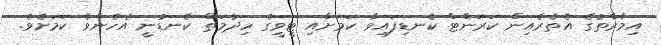
އިމާރާތުގެ އެތެރެއިން ކަރަންޓް ކެނޑިފައިވާ ކަމަށާއި ޓީވީގެ ހިދުމަތް ކެނޑުނީ އެހެންވެ ކަމަށެވެ.